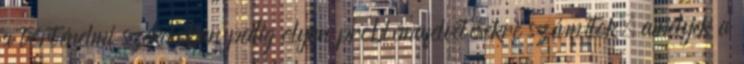
a történelmi szekcióban pedig olyan problémafelvetésekre számítok, amelyek a